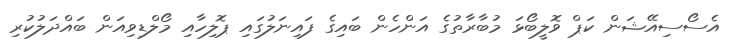
އެސޯސިއޭޝަން ކަޕް ވޮލީބޯޅަ މުބާރާތުގެ އަންހެން ބައިގެ ފައިނަލުގައި ޕޮލިހާއި މޯލްޑިވިއަން ބައްދަލުކުރި